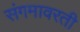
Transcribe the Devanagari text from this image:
संगमावरती